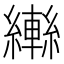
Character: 𦆕